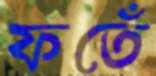
ফতেঁ